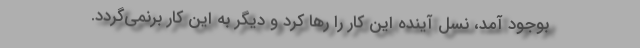
بوجود آمد، نسل آینده این کار را رها کرد و دیگر به این کار برنمی‌گردد.